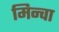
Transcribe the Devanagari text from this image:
मिन्वा